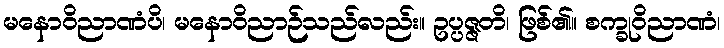
မနောဝိညာဏံပိ၊ မနောဝိညာဉ်သည်လည်း။ ဥပ္ပဇ္ဇတိ၊ ဖြစ်၏။ စက္ခုဝိညာဏံ၊